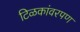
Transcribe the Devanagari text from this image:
टिळकांवरपण